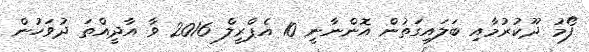
ފޯމު ދޫކުރުމާއި ބަލައިގަތުން އޮންނާނީ 10 އެޕްރީލް 2016 ވާ އާދީއްތަ ދުވަހުން